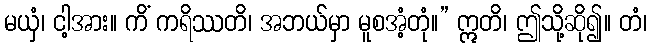
မယှံ၊ ငါ့အား။ ကိံ ကရိဿတိ၊ အဘယ်မှာ မူစအံ့တုံ။” ဣတိ၊ ဤသို့ဆို၍။ တံ၊